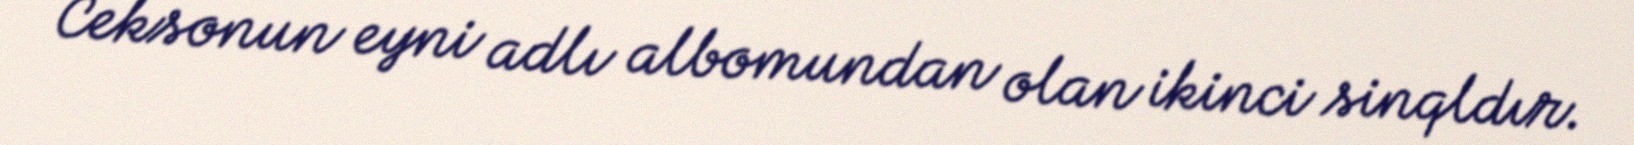
Ceksonun eyni adlı albomundan olan ikinci sinqldır.